Vaccination in the Punjab 1905-1918 - 1905-1918
Year: 1905
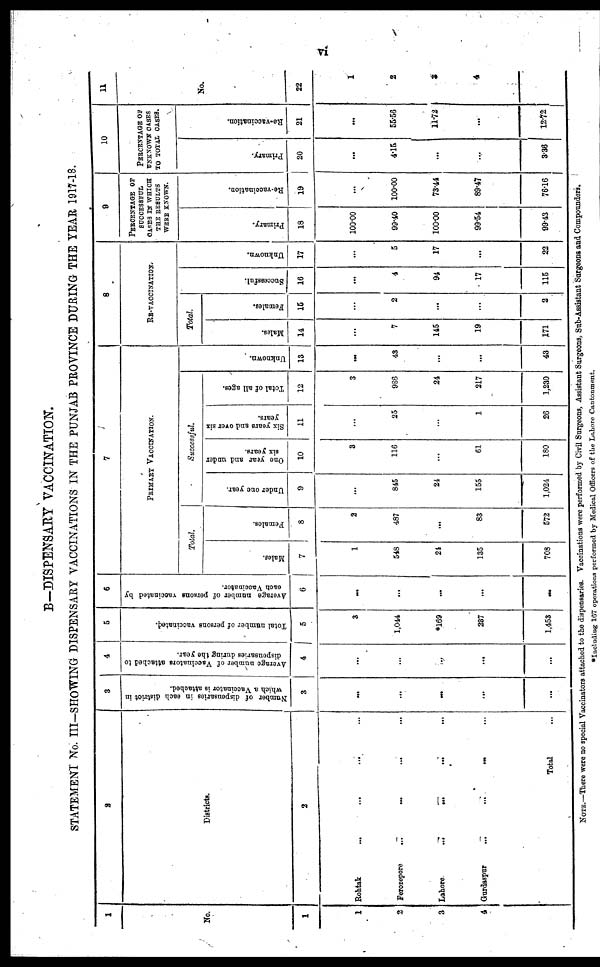
vi
B—DISPENSARY VACCINATION.
STATEMENT No. III-SHOWING DISPENSARY VACCINATIONS IN THE PUNJAB PROVINCE DURING THE YEAR 1917-18.
1
No.
1
1
2
3
2
Districts.
2
Rohtak ... ... ... ...
Ferozepore
...
...
... ...
Lahore
...
... ...
...
Gurdaspur
...
...
... ...
Total ...
3
Number of dispensaries in each district in
which a Vaccinator is attached.
3
...
...
...
...
...
4
Average number of Vaccinators attached to
dispensaries during the year.
4
...
...
...
...
...
5
Total number of persons vaccinated.
5
3
1,044
*169
237
1,453
6
Average number of persons vaccinated by
each Vaccinator.
6
...
...
...
...
...
7
PRIMARY VACCINATION.
Total.
Males.
7
1
548
21
135
708
Females.
8
2
487
...
83
572
Successful.
Under one year.
9
...
845
24
155
1,024
One year and under
six years.
10
3
116
...
61
180
Six years and over six
years.
11
...
25
...
1
26
Total of all ages.
12
3
986
24
217
1,230
Unknown.
13
...
43
...
...
43
8
RE-VACCINATION.
Total.
Males.
14
...
7
145
19
171
Females.
15
...
2
...
...
2
Successful.
16
. ..
4
94
17
115
Unknown.
17
...
5
17
...
22
9
PERCENTAGE OF
SUCCESSFUL
CASES IN WHICH
THE RESULTS
WERE KNOWN.
Primary.
18
100.00
99.40
100.00
99.54
99.43
Re-vaccination.
19
...
100.00
73.44
89.47
76.16
10
PERCENTAGE OF
UNKNOWN CASES
TO TOTAL CASES.
Primary.
20
...
4.15
...
...
3.36
Re-vaccination.
21
...
55.56
11.72
...
12.72
11
No.
22
1
2
3
4
NOTE.—There were no special Vaccinators attached to the dispensaries. Vaccinations were performed by Civil Surgeons, Assistant Surgeons, Sub-Aaaistant Surgeons and Compounders.
*Including 167 operations performed by Medical Officers of the Lahore Cantonment.